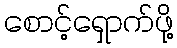
စောင့်ရှောက်ဖို့